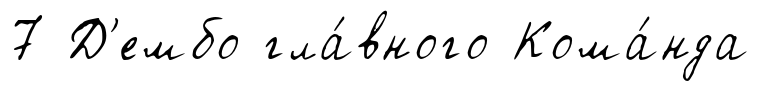
7 Д'ембо гла́вного Кома́нда